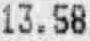
13.58